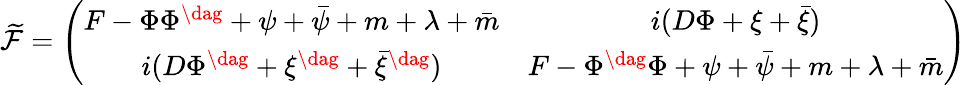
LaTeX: \widetilde{\cal F}=\left(\begin{array}{cc}{{F-\Phi\Phi^{\dag}+\psi+\bar{\psi}+m+\lambda+\bar{m}}}&{{i(D\Phi+\xi+\bar{\xi})}}\\ {{i(D\Phi^{\dag}+\xi^{\dag}+\bar{\xi}^{\dag})}}&{{F-\Phi^{\dag}\Phi+\psi+\bar{\psi}+m+\lambda+\bar{m}}}\end{array}\right)